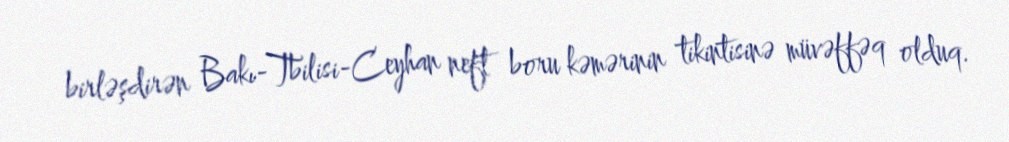
birləşdirən Bakı-Tbilisi-Ceyhan neft boru kəmərinin tikintisinə müvəffəq olduq.